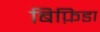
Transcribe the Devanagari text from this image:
बिफ़िडा